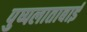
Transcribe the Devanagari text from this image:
पुष्पलाताबाई